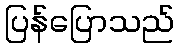
ပြန်ပြောသည်